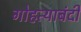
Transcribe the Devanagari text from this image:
गोहत्याबंदी